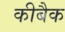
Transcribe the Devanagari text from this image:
कीबैक